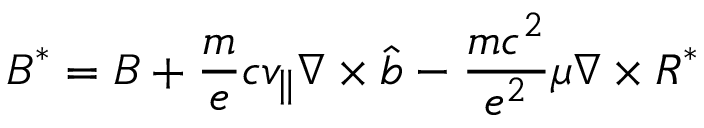
\boldsymbol { B } ^ { * } = \boldsymbol { B } + \frac { m } { e } c v _ { \parallel } \nabla \times \hat { \boldsymbol { b } } - \frac { m c ^ { 2 } } { e ^ { 2 } } \mu \nabla \times \boldsymbol { R } ^ { * }